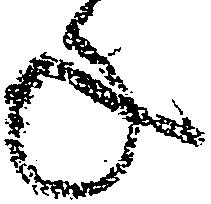
年